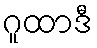
ဂူထာဒီ